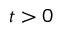
t > 0